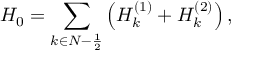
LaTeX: H _ { 0 } = \sum _ { k \in { \cal N } - \frac 1 2 } \left( H _ { k } ^ { ( 1 ) } + H _ { k } ^ { ( 2 ) } \right) ,